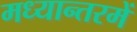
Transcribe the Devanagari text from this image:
मध्यान्तरमें